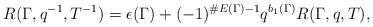
LaTeX: \begin{align*}R(\Gamma,q^{-1},T^{-1})=\epsilon(\Gamma)+(-1)^{\#E(\Gamma)-1}q^{b_1(\Gamma)}R(\Gamma,q,T), \end{align*}